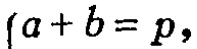
\( \left\{ a + b = p, \right. \)